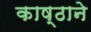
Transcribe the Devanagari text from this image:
काष्ठाने